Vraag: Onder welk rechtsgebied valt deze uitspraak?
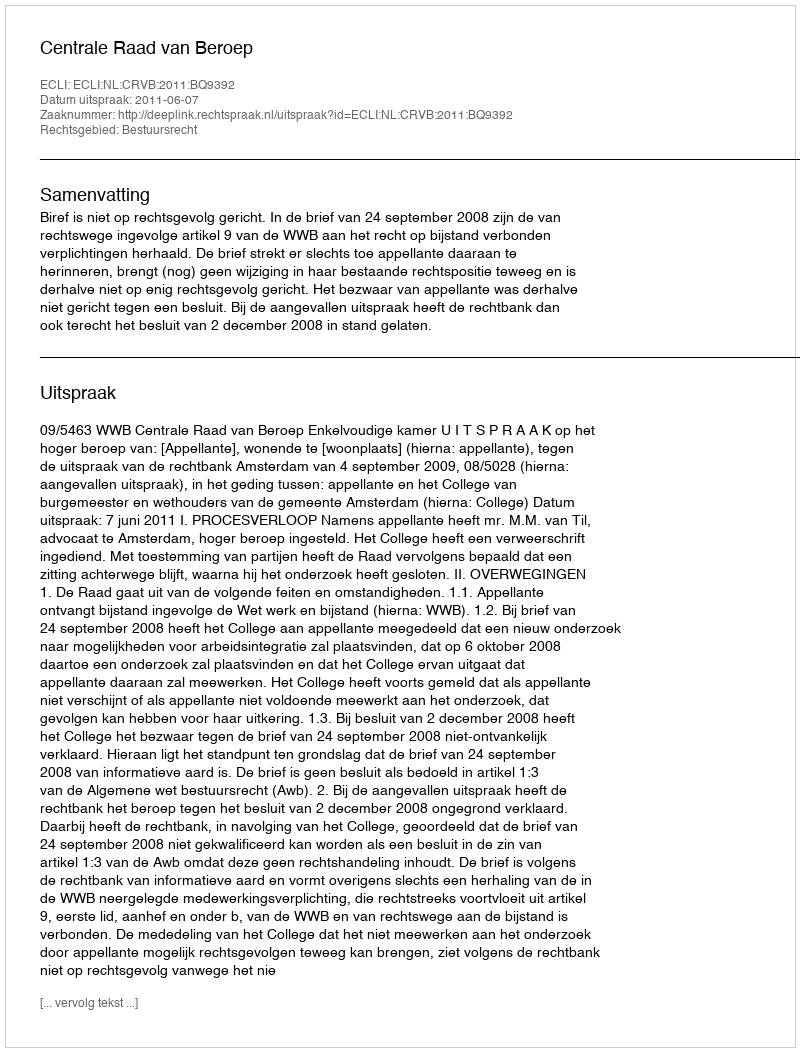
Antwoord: Bestuursrecht